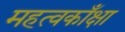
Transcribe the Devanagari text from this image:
महत्वकाँक्षा